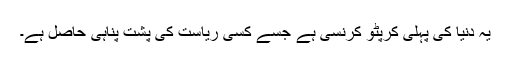
یہ دنیا کی پہلی کرپٹو کرنسی ہے جسے کسی ریاست کی پشت پناہی حاصل ہے۔